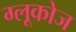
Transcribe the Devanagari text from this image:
ग्‍लूकोज